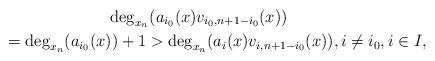
LaTeX: \begin{gather*} \deg_{x_n}(a_{i_0}(x) v_{i_0, n+1-i_0}(x))\\ \qquad{} =\deg_{x_n}(a_{i_0}(x))+1 >\deg_{x_n}(a_{i}(x) v_{i,n+1-i_0}(x)),i\ne i_0,i\in I,\end{gather*}